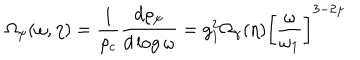
\Omega _ { \psi } ( \omega , \eta ) = \frac { 1 } { \rho _ { c } } \frac { d \rho _ { \psi } } { d \log { \omega } } = g _ { 1 } ^ { 2 } \Omega _ { \gamma } ( \eta ) \biggl [ \frac { \omega } { \omega _ { 1 } } \biggr ] ^ { 3 - 2 \mu }